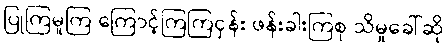
ပြုကြမူကြ ကြောင့်ကြကြငှန်း ဖန်းခါးကြစု သိမှုခေါ်ဆို